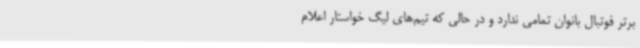
برتر فوتبال بانوان تمامی ندارد و در حالی که تیم‌های لیگ خواستار اعلام‌